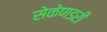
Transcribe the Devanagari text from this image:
सेकेणडरी